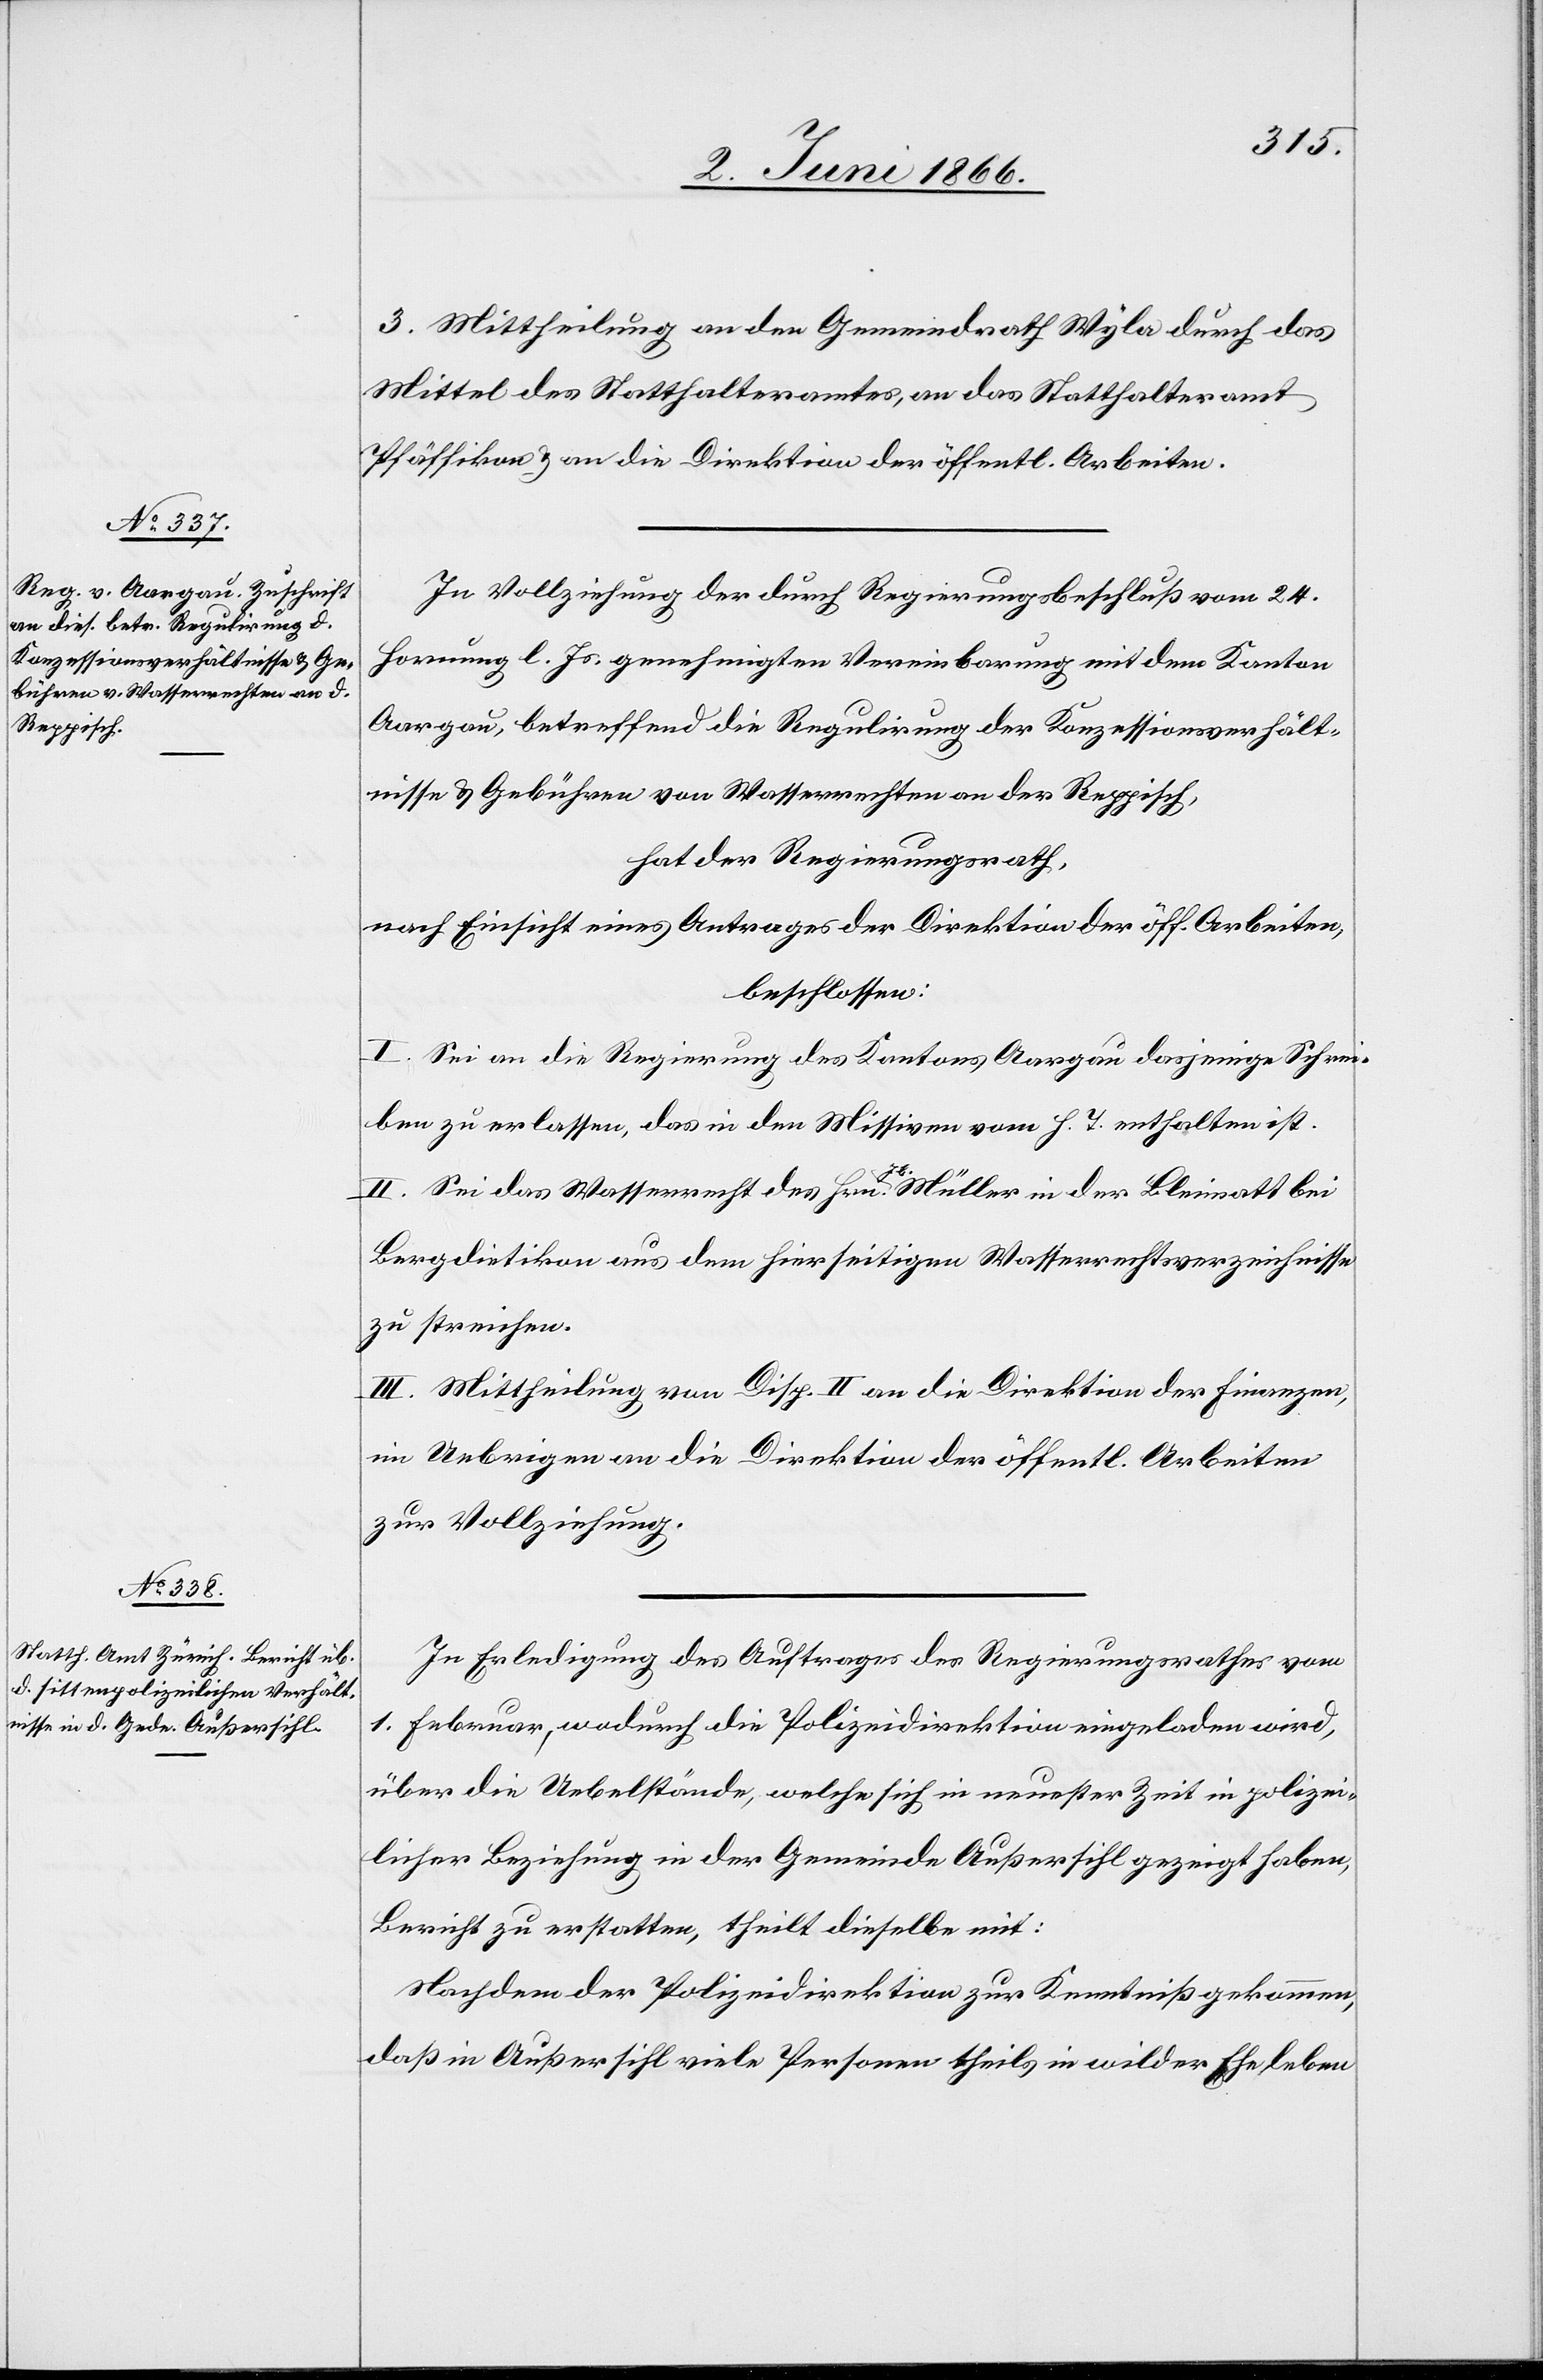
3. Mittheilung an den Gemeindrath Wyla durch das
Mittel des Statthalteramtes, an das Statthalteramt
Pfäffikon u. an die Direktion der öffentl. Arbeiten.
In Vollziehung der durch Regierungsbeschluß vom 24.
Hornung l. Js. genehmigten Vereinbarung mit dem Kanton
Aargau, betreffend die Regulirung der Konzessionsverhält¬
nisse u. Gebühren vom Wasserrechten an der Reppisch,
hat der Regierungsrath,
nach Einsicht eines Antrages der Direktion der öff. Arbeiten,
beschlossen:
I. Sei an die Regierung des Kantons Aargau dasjenige Schrei¬
ben zu erlassen, das in den Missiven vom h. T. enthalten ist.
II. Sei das Wasserrecht des Hrn. Jb. Müller in der Bleimatt bei
Bergdietikon aus dem hierseitigen Wasserrechtsverzeichnisse
zu streichen.
III. Mittheilung von Disp. II an die Direktion der Finanzen,
im Uebrigen an die Direktion der öffentl Arbeiten
zur Vollziehung.
In Erledigung des Auftrages des Regierungsrathes vom
1. Februar, wodurch die Polizeidirektion eingeladen wird,
über die Uebelstände, welche sich in neuester Zeit in polizei¬
licher Beziehung in der Gemeinde Außersihl gezeigt haben,
Bericht zu erstatten, theilt dieselbe mit:
Nachdem der Polizeidirektion zur Kenntniß gekommen,
daß in Außersihl viele Personen theils in wilder Ehe leben